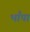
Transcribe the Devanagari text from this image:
भाँपा